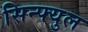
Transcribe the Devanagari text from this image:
सिन्फ्युल